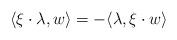
LaTeX: \begin{align*}\langle \xi\cdot\lambda, w\rangle = - \langle \lambda, \xi\cdot w\rangle\end{align*}